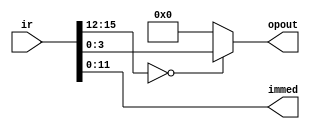
// basic sizes of things
`define WORD	 [15:0]
`define Opcode [15:12]
`define OP     [3:0]
`define Immed	 [11:0]
`define STATE	 [7:0]
`define PRE	   [3:0]
//Double reg size
`define REGSIZE	[511:0]
`define REGNUM	[7:0]
`define MEMSIZE [65535:0]
`define THREAD  [1:0]

// opcode values hacked into state numbers
`define OPAdd	 {4'h0, 4'h0}
`define OPSub	 {4'h0, 4'h1}
`define OPTest {4'h0, 4'h2}
`define OPLt	 {4'h0, 4'h3}

`define OPDup	{4'h0, 4'h4}
`define OPAnd	{4'h0, 4'h5}
`define OPOr	{4'h0, 4'h6}
`define OPXor	{4'h0, 4'h7}

`define OPLoad	{4'h0, 4'h8}
`define OPStore	{4'h0, 4'h9}

`define OPRet	{4'h0, 4'ha}
`define OPSys	{4'h0, 4'hb}
`define OPnop	{4'h0, 4'hc}

`define OPPush	{4'h1, 4'h0}

`define OPCall	{4'h4, 4'h0}
`define OPJump	{4'h5, 4'h0}
`define OPJumpF	{4'h6, 4'h0}
`define OPJumpT	{4'h7, 4'h0}

`define OPGet	{4'h8, 4'h0}
`define OPPut	{4'h9, 4'h0}
`define OPPop	{4'ha, 4'h0}
`define OPPre	{4'hb, 4'h0}

`define	Start	{4'hf, 4'hf}
`define	Start1	{4'hf, 4'he}


module decode(opout, immed, ir);
  output reg `Opcode opout;
  output reg `Immed immed;

  input `WORD ir;

  always @(ir) begin
    opout <= {(ir `Opcode), (((ir `Opcode) == 0) ? ir[3:0] : 4'd0)};
    immed <= ir `Immed;
  end
endmodule

module alu(result, op, in1, in2);
  output reg `WORD result;
  input wire `Opcode op;
  input wire `WORD in1, in2;

  always @(op, in1, in2) begin
    case (op)
        `OPAdd: begin result=in1+in2; end
        `OPSub: begin result=in1-in2; end
        `OPLt: begin result=(in1<in2); end
        `OPDup: begin result=in2; end
        `OPAnd: begin result=(in1&in2); end
        `OPOr: begin result=(in1|in2); end
        `OPXor: begin result=(in1^in2); end
      default: begin result = in1; end
    endcase
  end
endmodule

module processor(halted, reset, clk);
  output reg halted;
  input reset, clk;

  reg `WORD regfile `REGSIZE;
  reg `WORD mainmem `MEMSIZE;
  reg `WORD ir;
  reg `WORD newpc `THREAD;
  wire `OP op;
  wire `Immed immed;
  wire `WORD result;
  reg  `WORD in1;
  reg  `WORD in2;
  reg  `OP aluop;

  reg `OP s0op `THREAD;
  reg `OP s1op `THREAD;
  reg `OP s2op `THREAD;
  reg `OP s3op `THREAD;
  reg `WORD s0pc `THREAD;
  reg `WORD s1pc `THREAD;
  reg `WORD s2pc `THREAD;
  reg `WORD pc `THREAD;
  reg `REGNUM sp `THREAD;
  reg `WORD s0immed `THREAD;
  reg `WORD s1immed `THREAD;
  reg `WORD s2immed `THREAD;
  reg preit `THREAD;
  reg `PRE pre `THREAD;	//added initializations for pre0, pre1,
  reg torf `THREAD;	//torf0, and torf1
  reg halt `THREAD;
  reg `WORD s2inone `THREAD;
  reg `WORD s2intwo `THREAD;
  reg `WORD s3inone `THREAD;
  reg `WORD s3intwo `THREAD;
  reg `REGNUM s2sp `THREAD;
  reg `REGNUM dest `THREAD;
  reg even;
  reg odd;

  always @(reset) begin
    halt[0] = 0;
    halt[1] = 0;
    pc[0] = 0;
    pc[1] = 1;	// starting the second pc at approximately half of MEMSIZE
    sp[0] = 0;
    sp[1] = 255;
    preit[0] = 0;
    preit[1] = 0;
    torf[0] = 0;
    torf[1] = 1;
    s0op[0] = `OPnop;
    s1op[0] = `OPnop;
    s2op[0] = `OPnop;
    s3op[0] = `OPnop;
    s0op[1] = `OPnop;
    s1op[1] = `OPnop;
    s2op[1] = `OPnop;
    s3op[1] = `OPnop;
    $readmemh0(regfile);
    $readmemh1(mainmem);
  end

  always @(*) even = clk;
  always @(*) odd = !clk;

  decode mydecode(op, immed, ir);
  alu myalu(result, aluop, in1, in2);

  always @(*) ir = mainmem[pc[even]];
  // new pc value
  always @(*) newpc[even] = (((s2op[even] == `OPJump) || (s2op[even] == `OPRet) || (s2op[even] == `OPCall) || (torf[even] && (s2op[even] == `OPJumpT)) || (!torf[even] && (s2op[even] == `OPJumpF))) ? s2immed[even] : (s0pc[even]));
  //HALT test
  always @(*) halted = (halt[0]&&halt[1]);



  //STAGE ONE (EVEN)
  // Instruction Fetch
  always @(posedge clk) begin
    // Jump if set
    s0pc[even] <= newpc[even];
    // grab opcode
    s0op[even] <= (halt[even] ? `OPnop : op);
    // grab immed
    s0immed[even] <= (halt[even] ? 0 : immed);
    // increment to next opcode
    s0pc[even] <= s0pc[even] + 1;
  end



  //STAGE TWO (ODD)
  // Decode
  always @(posedge clk) begin
    s1op[odd] <= (halt[odd] ? `OPnop : s0op[odd]);
    s1immed[odd] <= s0immed[odd];
    s1pc[odd] <= s0pc[odd];
    case (s1op[odd])
      `OPPush: begin s1immed[odd]<={(preit[odd] ? pre[odd] : 4'b0000), s1immed[odd]}; preit[odd]=0; end
      `OPCall: begin s1immed[odd]<={(preit[odd] ? pre[odd] : 4'b0000), s1immed[odd]}; preit[odd]=0; end
      `OPJump: begin s1immed[odd]<={(preit[odd] ? pre[odd] : 4'b0000), s1immed[odd]}; preit[odd]=0; end
      `OPJumpF: begin s1immed[odd]<={(preit[odd] ? pre[odd] : 4'b0000), s1immed[odd]}; preit[odd]=0; end
      `OPJumpT: begin s1immed[odd]<={(preit[odd] ? pre[odd] : 4'b0000), s1immed[odd]}; preit[odd]=0; end
      default: s1immed[odd] <= (halt[odd] ? 0 : s1immed[odd]);
    endcase
  end



  //STAGE THREE (EVEN)
  // Register File
  always @(posedge clk) begin
    s2op[even] <= (halt[even] ? `OPnop : s1op[even]);
    s2immed[even] <= s1immed[even];
    // Setting d(s2inone0) and s(s2intwo0)
    if (s2op[even] == `OPAdd || s2op[even] == `OPAnd || s2op[even] == `OPLt || s2op[even] == `OPOr || s2op[even] == `OPStore || s2op[even] == `OPSub || s2op[even] == `OPXor) begin
      s2inone[even] <= regfile[sp[even] - 1];
      s2sp[even] <= sp[even] - 1;
      s2intwo[even] <= regfile[sp[even]];
    end
    else if (s2op[even] == `OPDup) begin
      s2inone[even] <= regfile[sp[even] + 1];
      s2sp[even] <= sp[even] + 1;
      s2intwo[even] <= regfile[sp[even]];
    end
    else if (s2op[even] == `OPGet) begin
      s2inone[even] <= regfile[sp[even]+1];
      s2sp[even] <= sp[even] + 1;
      s2intwo[even] <= regfile[sp[even]-(s2immed[even])];
    end
    else if (s2op[even] == `OPLoad) begin
      s2inone[even] <= regfile[sp[even]];
      s2sp[even] <= sp[even];
    end
    else if (s2op[even] == `OPPut) begin
      s2inone[even] <= regfile[sp[even]-(s2immed[even])];
      s2sp[even] <= sp[even]-(s2immed[even]);
      s2intwo[even] <= regfile[sp[even]];
    end
    else if (s2op[even] == `OPCall) begin
      s2inone[even] <= s1pc[even];
      s2sp[even] <= sp[even] + 1;
    end
    else if (s2op[even] == `OPPush) begin
      s2inone[even] <= s2immed[even];
      s2sp[even] <= sp[even] + 1;
    end
    else if (s2op[even] == `OPTest) begin
      torf[even] <= regfile[sp[even]] != 0;
    end
    else if (s2op[even] == `OPRet) begin
      s2immed[even] <= regfile[sp[even]];
    end
    else if (s2op[even] == `OPSys) begin
      halt[even] <= 1;
    end
    // Incremeting or decrementing SP0
    if (s2op[even] == `OPAdd || s2op[even] == `OPAnd || s2op[even] == `OPLt || s2op[even] == `OPOr || s2op[even] == `OPRet || s2op[even] == `OPStore || s2op[even] == `OPSub || s2op[even] == `OPTest || s2op[even] == `OPXor) begin
     // decrement sp by 1
     sp[even] <= sp[even] - 1;
    end
    else if (s2op[even] == `OPCall || s2op[even] == `OPDup || s2op[even] == `OPGet || s2op[even] == `OPPush) begin
     // increment sp by 1
     sp[even] <= sp[even] + 1;
    end
    else if (s2op[even] == `OPPop) begin
      //(sets sp=0 if unsigned(immed12)>sp)
      if (even) begin
        if (((s2immed[1])+255)>sp[1])begin
            sp[1]=255;
        end
        else begin
            sp[1] = sp[1] - (s2immed[1]);
        end
      end
      else begin
        if ((s2immed[0])>sp[0])begin
            sp[0]=0;
        end
        else begin
            sp[0] = sp[0] - (s2immed[0]);
        end
      end
    end
    else if (s2op[even] == `OPPre) begin
      // Setting pre
      pre[even] <= (s2immed[even]>>12);
      preit[even] <= 1;
    end
  end



  //STAGE FOUR (ODD)
  // ALU and data memory operations
  always @(posedge clk) begin
    s3op[odd] <= (halt[odd] ? `OPnop : s2op[odd]);
    s3inone[odd] <= s2inone[odd];
    s3intwo[odd] <= s2intwo[odd];
    in1 <= s3inone[odd];
    in2 <= s3intwo[odd];
    aluop <= s3op[odd];
    dest[odd] <= s2sp[odd];

    if (s3op[odd] == `OPTest || s3op[odd] == `OPRet) begin
     //Do Nothing
    end
    else if (s3op[odd] == `OPLoad) begin
      regfile[dest[odd]] <= mainmem[result];
    end
    else if (s3op[odd] == `OPStore) begin
      mainmem[regfile[dest[odd]]] <= regfile[result];
      regfile[dest[odd]] <= mainmem[result];
    end
    else begin
      regfile[dest[odd]] <= result;
    end
  end
endmodule

module testbench;
  reg reset = 0;
  reg clk = 0;
  wire halttest;
  integer i = 0;
  processor PE(halttest, reset, clk);
  initial begin
    $dumpfile;
    $dumpvars(0, PE);
    #10 reset = 1;
    #10 reset = 0;
    while (!halttest) begin
      #10 clk = 1;
      #10 clk = 0;
    end
    $finish;
  end
endmodule